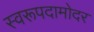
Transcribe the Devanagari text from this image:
स्वरूपदामोदर